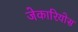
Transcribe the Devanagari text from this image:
जेकारियोस